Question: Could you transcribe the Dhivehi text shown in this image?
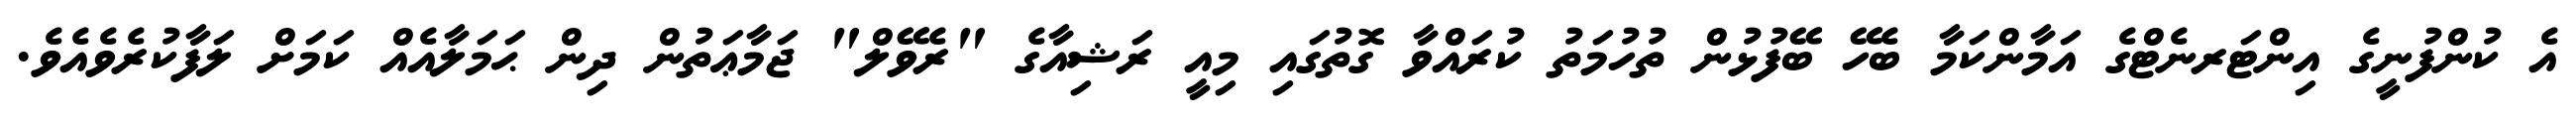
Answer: އެ ކުންފުނީގެ އިންޓަރނެޓްގެ އަމާންކަމާ ބެހޭ ބޭފުޅުން ތުހުމަތު ކުރައްވާ ގޮތުގައި މިއީ ރަޝިއާގެ "ރެވޭލް" ޖަމާޢަތުން ދިން ޙަމަލާއެއް ކަމަށް ލަފާކުރެވެއެވެ.